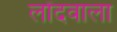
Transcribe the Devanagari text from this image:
लोंदवाला